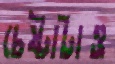
চেষ্টাটাও